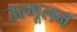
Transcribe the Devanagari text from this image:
उल्मूलन